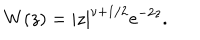
LaTeX: W ( z ) = | z | ^ { \nu + { 1 } / { 2 } } \mathrm { e } ^ { - 2 z } .